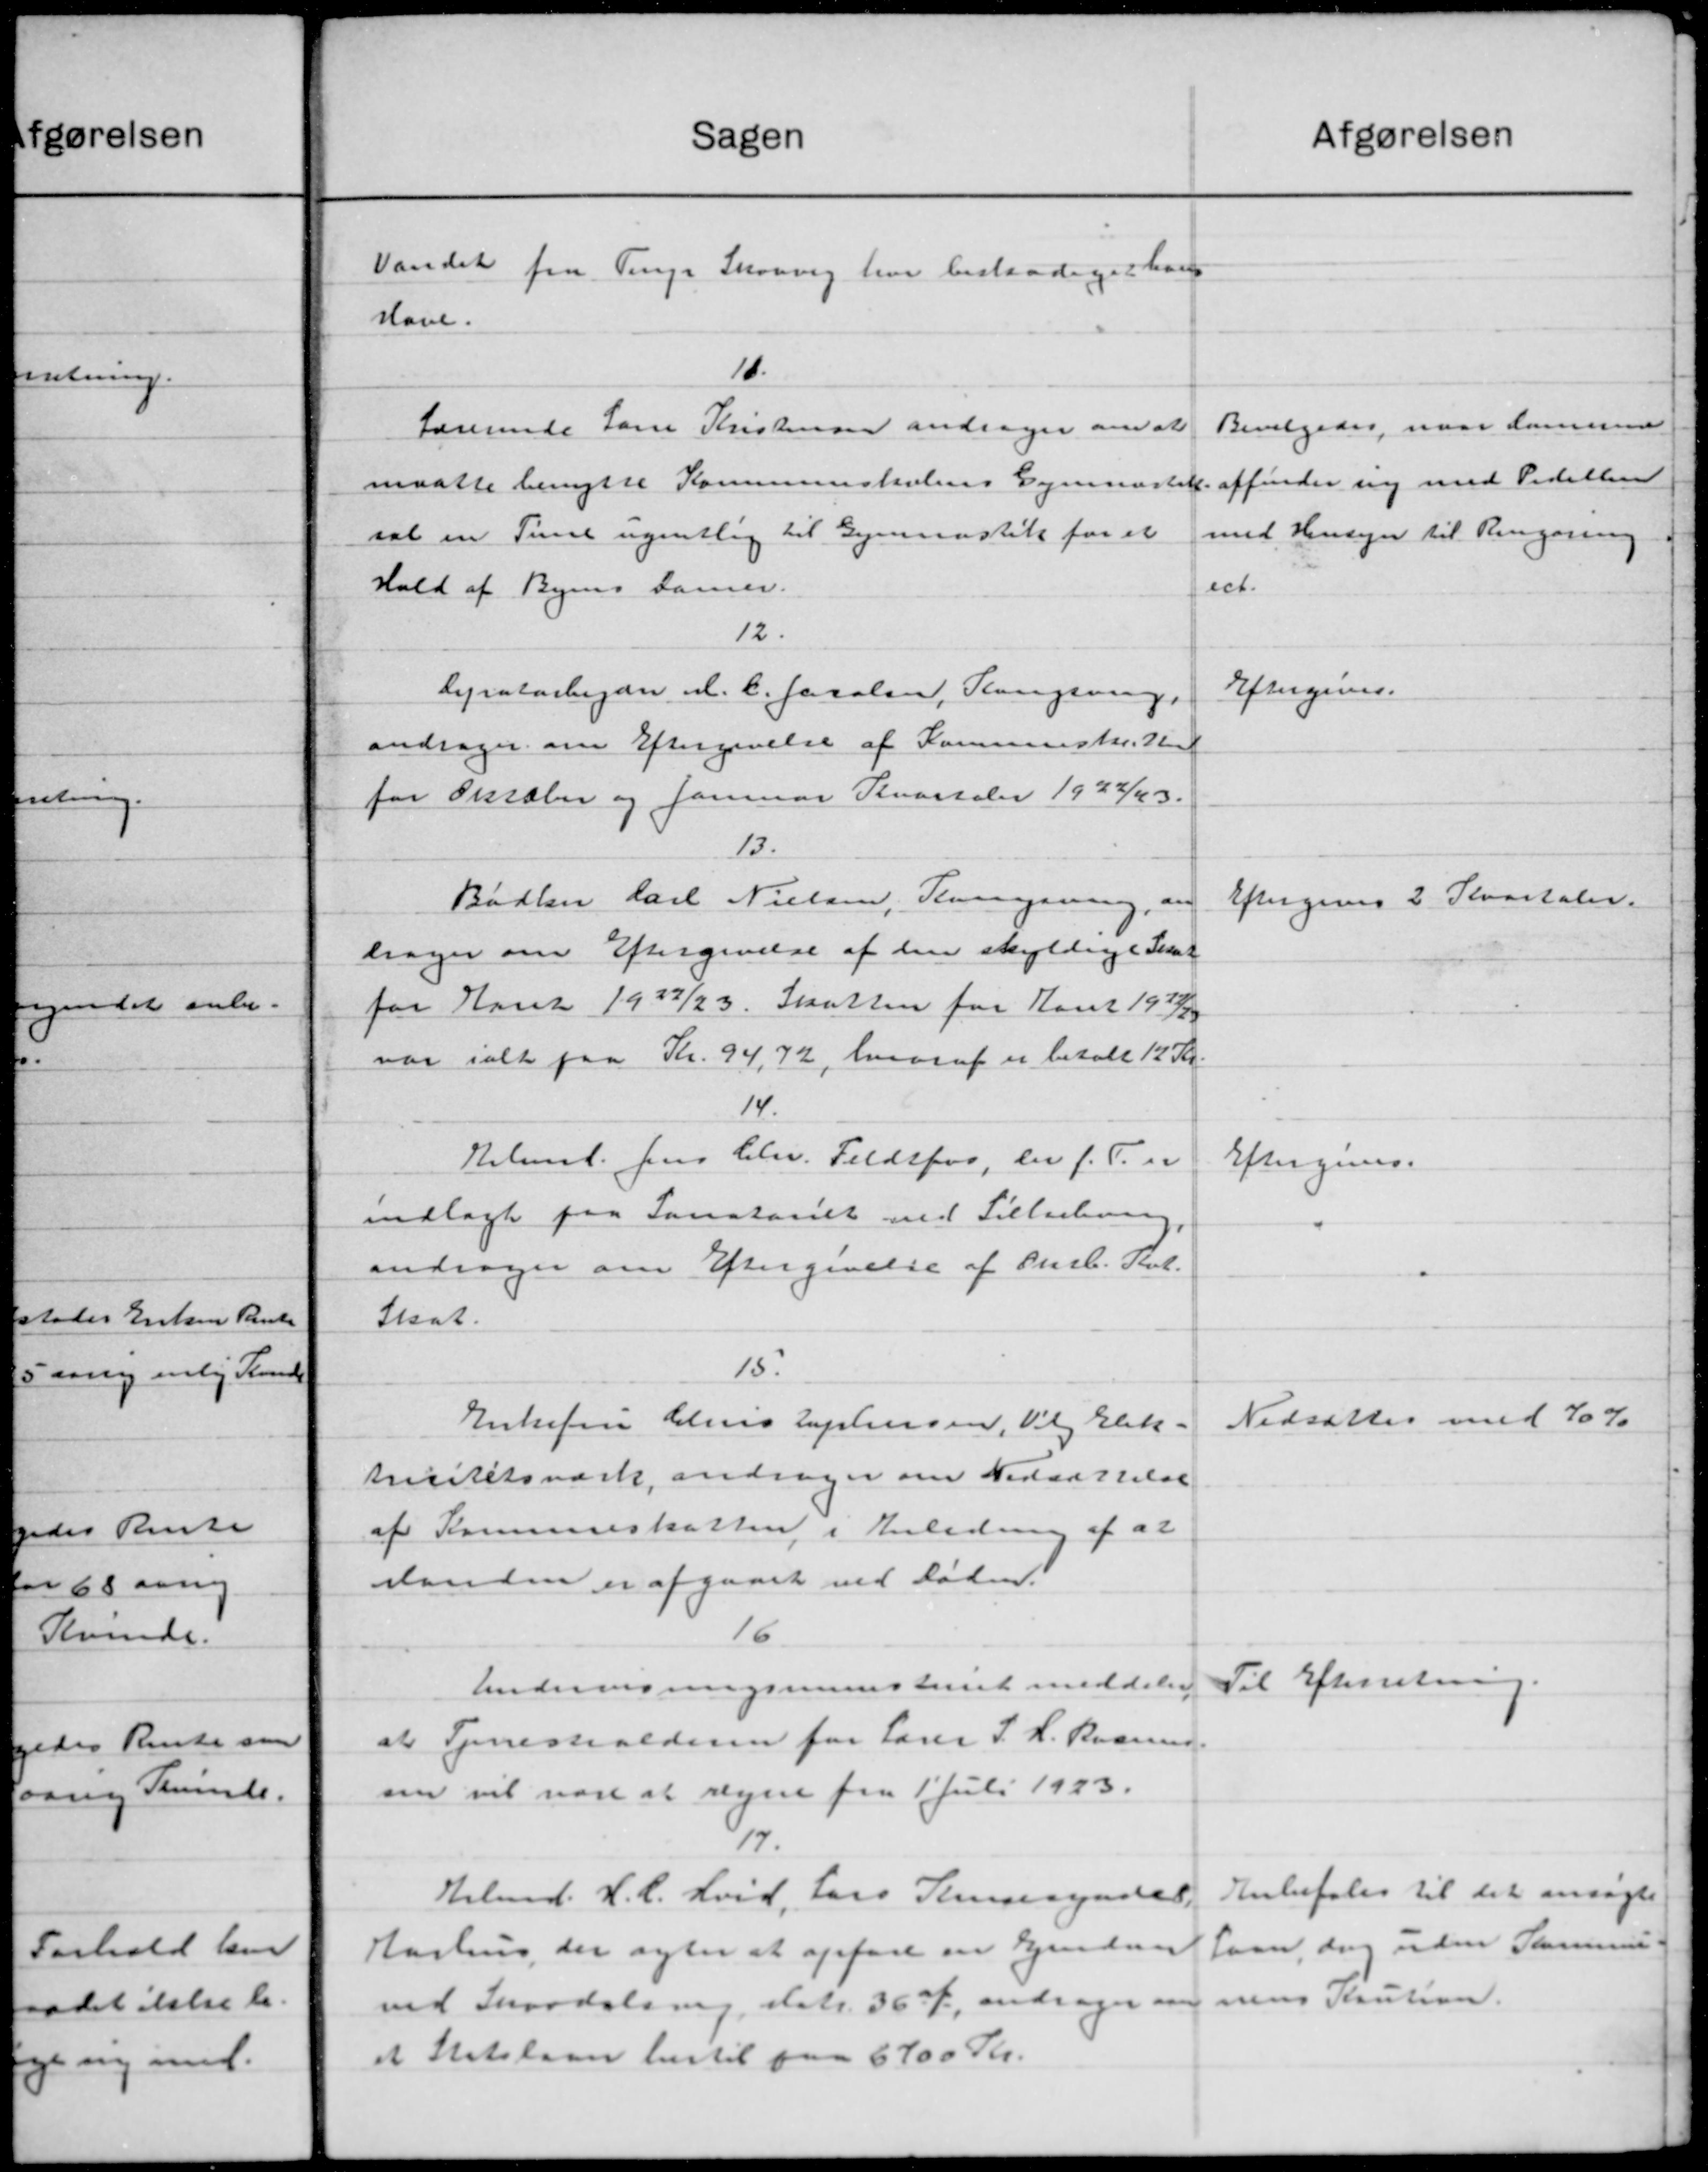
Transskription:
Sagen
Vandet fra Tinge Skovvej har bestaadiget hans
Have.
10.
Lærerende Lanne Kristensen andrager om at
maatte benytte Kommuneskolens Sognrastik.
sal en Time ugentlig til Gymnastik for et
Hold af Byens Damer.
12.
lyratarbejder A. C. Jacobsen, Kongering.
andrager om Eftergivelse af Kommuneskatte
for Oktober og Januar Kvartaler 1922/43.
13.
Bødker Carl Nielsen, Tennysning, og
lrager om Eftergivelse af den skyldige Skat
for Aaret 1922/23. Skatten for Aaret 1922/23
var ialt paa Kr. 94,72, hvoraf er betalt 12 Kr.
14.
Helmst. Jens Chr. Feldsfor, der f. T. er
indlagt paa Sanatoriet ved Tillading
andrager om Eftergivelse af Purl. St.
Skat.
15.
Enkefru Helens Lyptensen, Vil Elek.
tricitetsværk, andrager om Nedsættelse
af Kommueskatten i Anledning af at
standen er afgaaet ved Døden.
16
Undervisningsministeriet meddeler
at Tjenestealderen for Lærer J. H. Rasmus
sen vil være at regne fra 1' Juli 1923.
6/7.
Arbmd. H. C. Hvid, Lars Kriserendes.
Aarhus, der agter at opføre en Ejendom
ved Skaadelsvej, datt. 367, andrager om
et Statslaan hertil paa 6700 Kr.